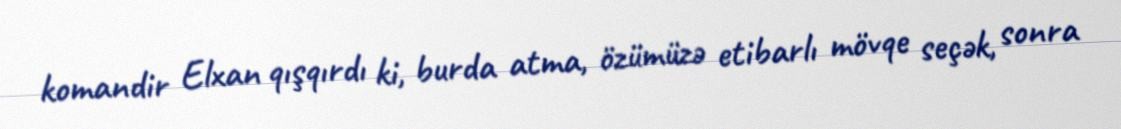
komandir Elxan qışqırdı ki, burda atma, özümüzə etibarlı mövqe seçək, sonra